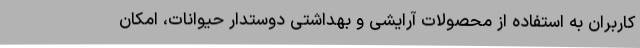
کاربران به استفاده از محصولات آرایشی و بهداشتیِ دوستدار حیوانات، امکان